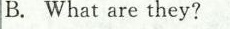
B.What are they?